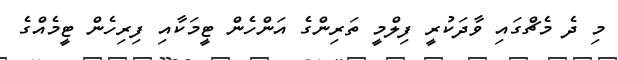
މި ދެ މެޗްގައި ވާދަކުރީ ފިލްމީ ތަރިންގެ އަންހެން ޓީމަކާއި ފިރިހެން ޓީމެއްގެ